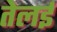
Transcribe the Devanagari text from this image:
तेलई